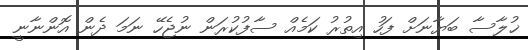
ޚުލާސާ ބަޔާނަށް ފަހު އިތުރު ކަމެއް ސާފުކުރަން ނުޖެހޭ ނަމަ ދެން އޮންނާނީ